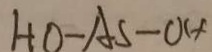
H 0 - A S - O H